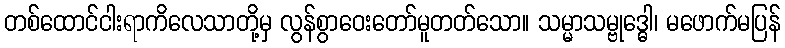
တစ်ထောင်ငါးရာကိလေသာတို့မှ လွန်စွာဝေးတော်မူတတ်သော။ သမ္မာသမ္ဗုဒ္ဓေါ၊ မဖောက်မပြန်